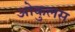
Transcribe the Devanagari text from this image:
ओकुलस